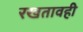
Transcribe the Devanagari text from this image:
रखतावही